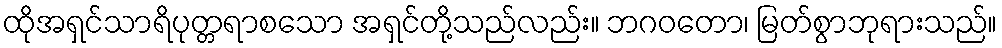
ထိုအရှင်သာရိပုတ္တရာစသော အရှင်တို့သည်လည်း။ ဘဂဝတော၊ မြတ်စွာဘုရားသည်။